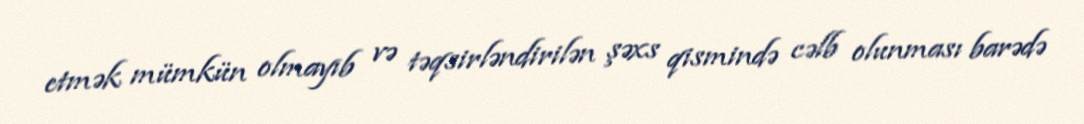
etmək mümkün olmayıb və təqsirləndirilən şəxs qismində cəlb olunması barədə